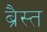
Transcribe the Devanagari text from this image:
ब्रैस्त